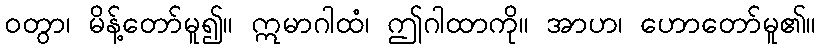
ဝတွာ၊ မိန့်တော်မူ၍။ ဣမာဂါထံ၊ ဤဂါထာကို။ အာဟ၊ ဟောတော်မူ၏။